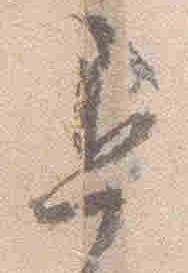
退